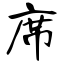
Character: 席